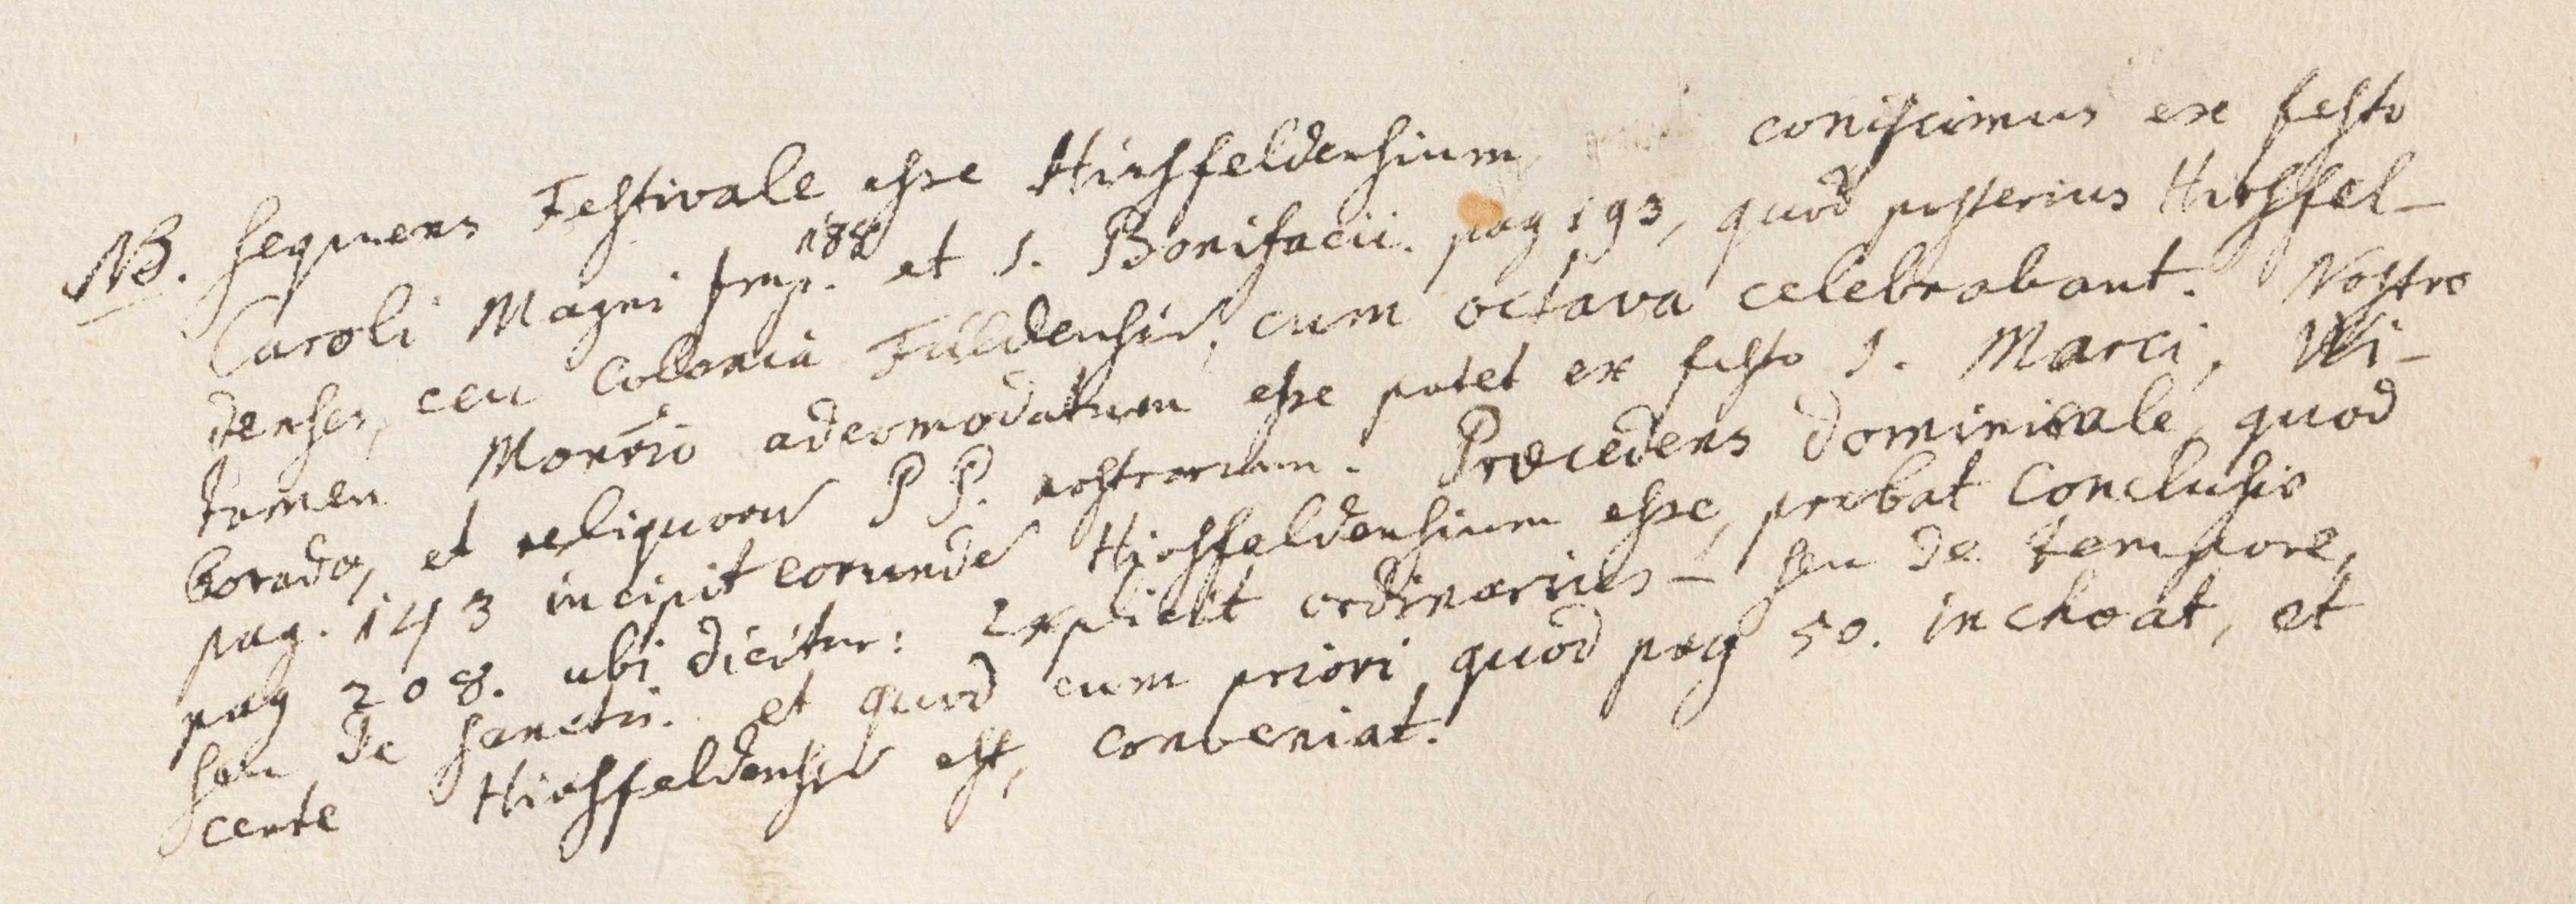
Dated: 1432–1432